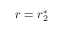
r = r _ { 2 } ^ { * }